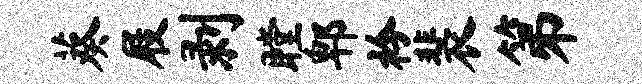
葵屐剥瞠郫衿裴第